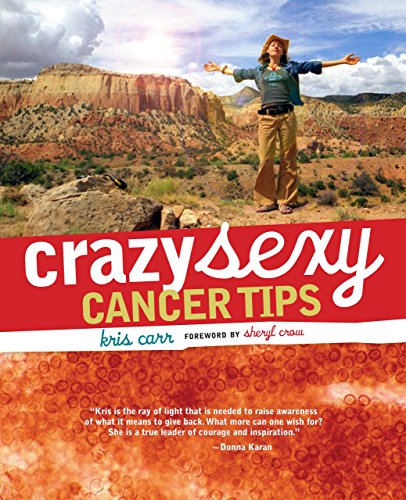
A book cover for Crazy Sexy Cancer Tips; Kris Carr; Health, Fitness & Dieting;